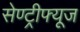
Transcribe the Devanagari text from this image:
सेण्ट्रीफ्यूज